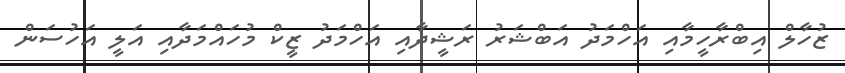
ޒުހާލް އިބްރާހީމާއި އަހްމަދު އަބްޝަރު ރަޝީދާއި އަހްމަދު ޒީކް މުހައްމަދާއި އަލީ އަހުސަން